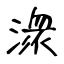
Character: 潨